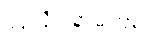
ဟူလို။ နာမ်တရား